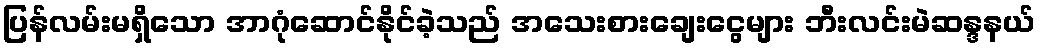
ပြန်လမ်းမရှိသော အာဂုံဆောင်နိုင်ခဲ့သည် အသေးစားချေးငွေများ ဘီးလင်းမဲဆန္ဒနယ်